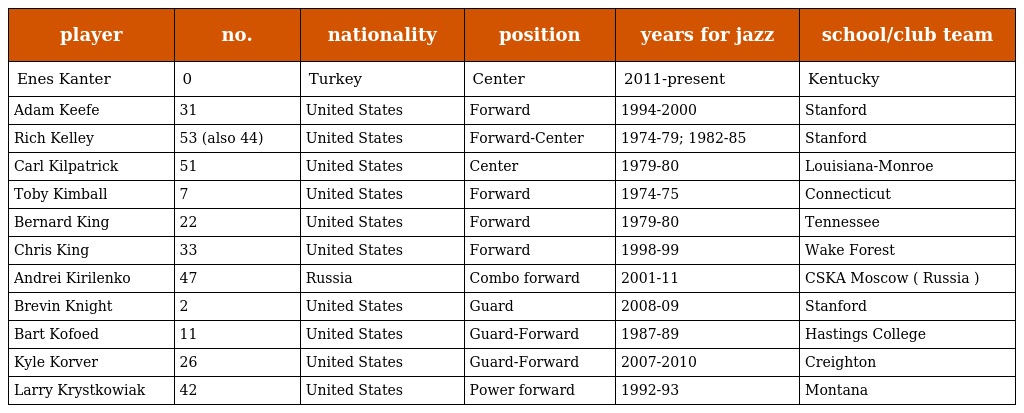
| player | no. | nationality | position | years for jazz | school/club team |
 | --- | --- | --- | --- | --- | --- |
 | Enes Kanter | 0 | Turkey | Center | 2011-present | Kentucky |
 | Adam Keefe | 31 | United States | Forward | 1994-2000 | Stanford |
 | Rich Kelley | 53 (also 44) | United States | Forward-Center | 1974-79; 1982-85 | Stanford |
 | Carl Kilpatrick | 51 | United States | Center | 1979-80 | Louisiana-Monroe |
 | Toby Kimball | 7 | United States | Forward | 1974-75 | Connecticut |
 | Bernard King | 22 | United States | Forward | 1979-80 | Tennessee |
 | Chris King | 33 | United States | Forward | 1998-99 | Wake Forest |
 | Andrei Kirilenko | 47 | Russia | Combo forward | 2001-11 | CSKA Moscow ( Russia ) |
 | Brevin Knight | 2 | United States | Guard | 2008-09 | Stanford |
 | Bart Kofoed | 11 | United States | Guard-Forward | 1987-89 | Hastings College |
 | Kyle Korver | 26 | United States | Guard-Forward | 2007-2010 | Creighton |
 | Larry Krystkowiak | 42 | United States | Power forward | 1992-93 | Montana |